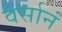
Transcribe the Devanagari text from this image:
वर्सानं